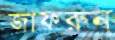
জাফরুন